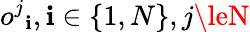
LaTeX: {o^{j}}_{\mathbf{i}},\mathbf{i}\in\{ 1,N\} ,j\leN